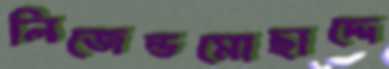
লিজেন্ডমোছাদ্দে